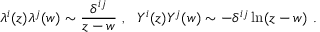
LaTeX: \lambda ^ { i } ( z ) \lambda ^ { j } ( w ) \sim \frac { \delta ^ { i j } } { z - w } ~ , ~ ~ Y ^ { i } ( z ) Y ^ { j } ( w ) \sim - \delta ^ { i j } \ln ( z - w ) ~ .